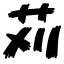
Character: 苅